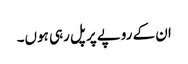
ان کے روپے پر پل رہی ہوں۔